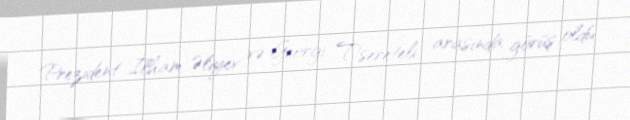
Prezident İlham Əliyev və Georgi Tsereteli arasında görüş oldu.